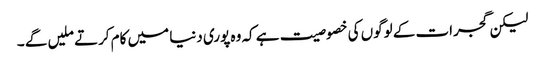
لیکن گجرات کے لوگوں کی خصوصیت ہے کہ وہ پوری دنیا میں کام کرتے ملیں گے ۔